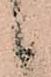
候